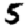
Digit: 5